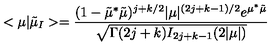
< \mu | \tilde { \mu } _ { I } > = \frac { ( 1 - \tilde { \mu } ^ { * } \tilde { \mu } ) ^ { j + k / 2 } | \mu | ^ { ( 2 j + k - 1 ) / 2 } e ^ { \mu ^ { * } \tilde { \mu } } } { \sqrt { \Gamma ( 2 j + k ) I _ { 2 j + k - 1 } ( 2 | \mu | ) } }